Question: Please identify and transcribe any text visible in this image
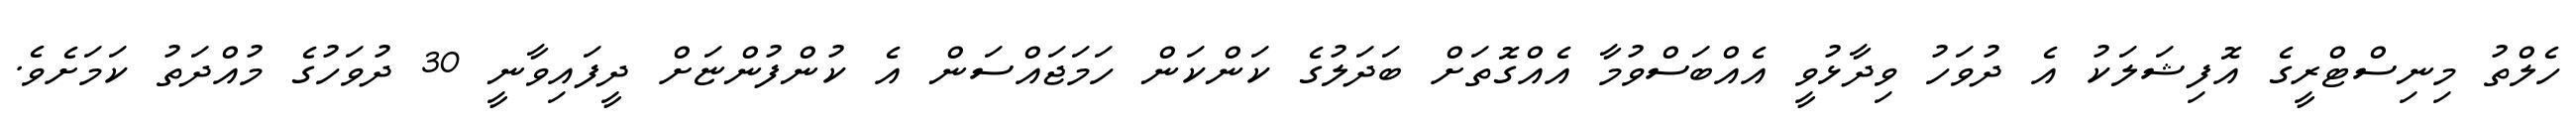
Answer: ހެލްތު މިނިސްޓްރީގެ އޮފިޝަލަކު އެ ދުވަހު ވިދާޅުވީ އެއްބަސްވުމާ އެއްގޮތަށް ބަދަލުގެ ކަންކަން ހަމަޖައްސަން އެ ކުންފުންޏަށް ދީފައިވާނީ 30 ދުވަހުގެ މުއްދަތު ކަމަށެވެ.